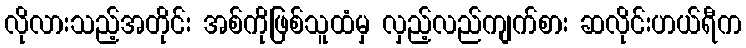
လိုလားသည့်အတိုင်း အစ်ကိုဖြစ်သူထံမှ လှည့်လည်ကျက်စား ဆလိုင်းဟယ်ရီက